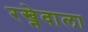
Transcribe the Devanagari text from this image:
रख्नेवाला